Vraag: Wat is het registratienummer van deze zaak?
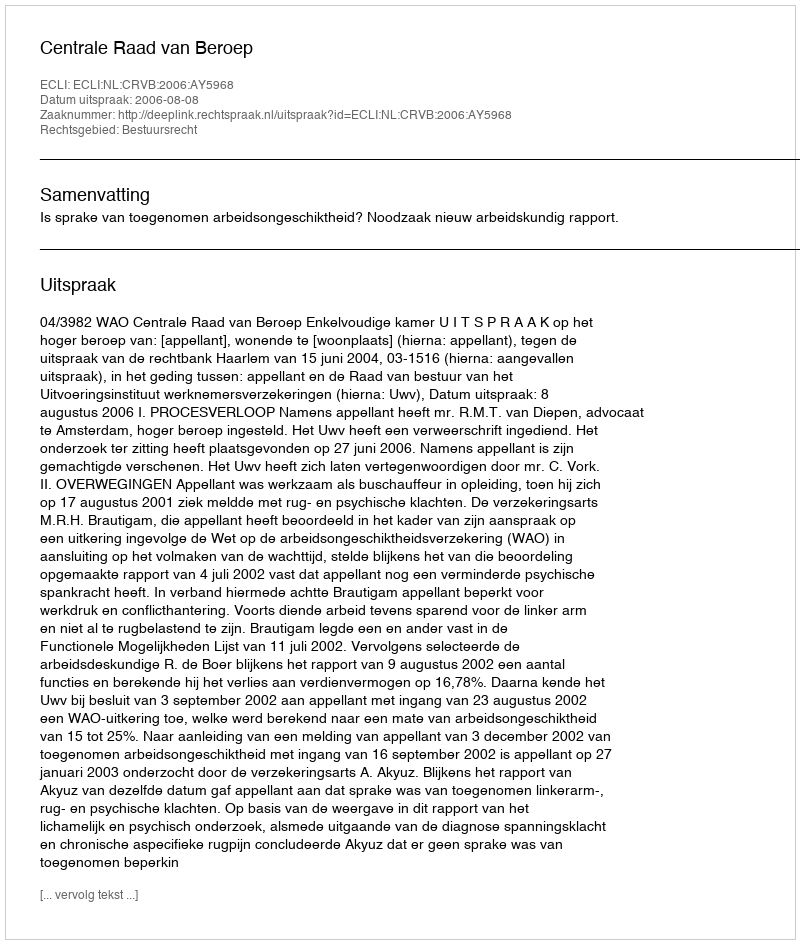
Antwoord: http://deeplink.rechtspraak.nl/uitspraak?id=ECLI:NL:CRVB:2006:AY5968